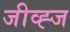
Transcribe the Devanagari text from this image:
जीव्ह्ज